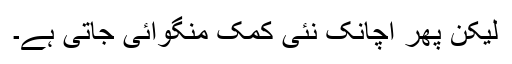
لیکن پھر اچانک نئی کمک منگوائی جاتی ہے۔